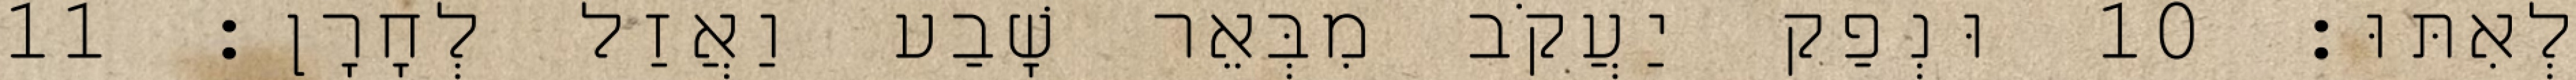
לְאִתּוּ׃ 10 וּנְפַק יַעֲקֹב מִבְּאֵר שָׁבַע וַאֲזַל לְחָרָן׃ 11